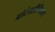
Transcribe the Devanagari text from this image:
प्रोटेक्टीनियम